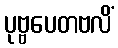
ပုဗ္ဗပေတဗလိံ